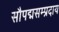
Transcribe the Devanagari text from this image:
सौपद्मसम्प्रदाय